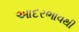
આદરભાવથી